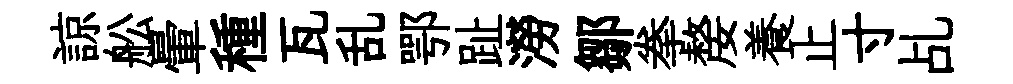
諒舩暈種瓦乱鄂趾澇鄒拳嫠養止寸乩